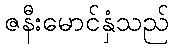
ဇနီးမောင်နှံသည်